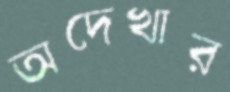
অদেখার